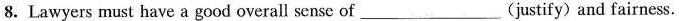
8. Lawyers must have a good overall sense of ___ (justify) and fairness.